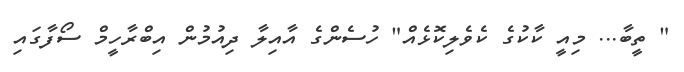
" ތީބާ... މިއީ ކާކުގެ ކެވެލިކޮޅެއް" ހުސެންގެ އާއިލާ ދިއުމުން އިބްރާހީމް ސޯފާގައި